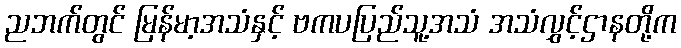
ညဘက်တွင် မြန်မာ့အသံနှင့် ဗကပပြည်သူ့အသံ အသံလွှင့်ဌာနတို့က